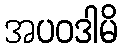
အပဝဒါမိ